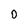
Character: 0